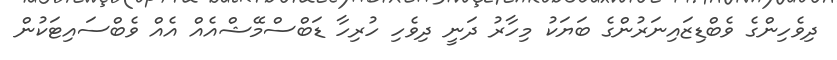
ދިވެހިންގެ ވެބްޑިޒައިނަރުންގެ ބަޔަކު މިހާރު ދަނީ ދިވެހި ހުރިހާ ޑަބްސްމޭޝްއެއް އެއް ވެބްސައިޓަކުން